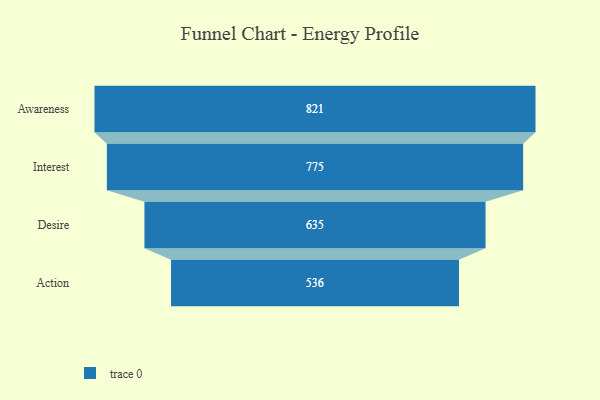
{"axis": {"x": "Stage", "y": "Value"}, "legend": [""], "data": [{"x": "Awareness", "y": 821.0, "type": ""}, {"x": "Interest", "y": 775.0, "type": ""}, {"x": "Desire", "y": 635.0, "type": ""}, {"x": "Action", "y": 536.0, "type": ""}]}